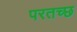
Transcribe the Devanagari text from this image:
परतच्‍छ